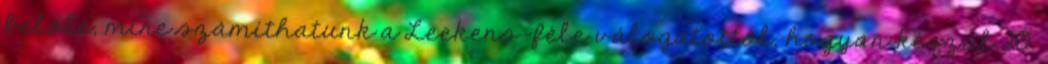
belőle, mire számíthatunk a Leekens-féle válogatottól, hogyan készül 20.